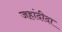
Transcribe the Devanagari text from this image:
जहांदीदा